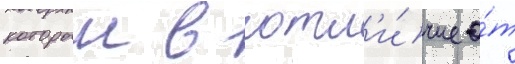
которыи в отл'и́чие о́т